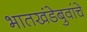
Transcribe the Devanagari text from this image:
भातखंडेबुवांचे